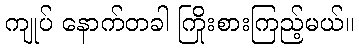
ကျုပ် နောက်တခါ ကြိုးစားကြည့်မယ်။